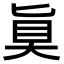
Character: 𫞲